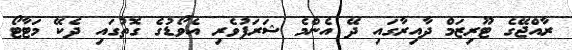
ރާއްޖޭގެ ޓޫރިޒަމް ދާއިރާގައި ދޭ އެންމެ ޝަރަފުވެރި އެވޯޑުގެ ގޮތުގައި ދެކޭ މަޓާޓޯ